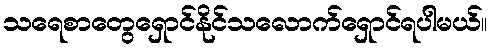
သရေစာတွေရှောင်နိုင်သလောက်ရှောင်ရပါမယ်။